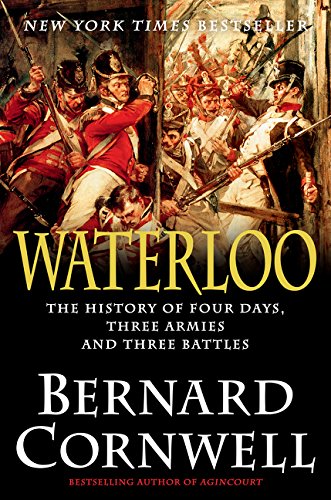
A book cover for Waterloo: The History of Four Days, Three Armies, and Three Battles; Bernard Cornwell; History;